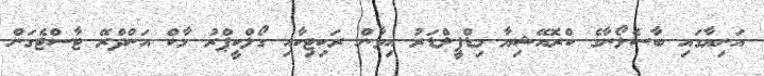
އަނިޔާގައި ބާސެލޯނާގެ ކްރޮއޭޝިޔާ މިޑްފީލްޑަރު އިވާން ރަކިޓިކާއި ގޯލްކީޕްރު މާކް އަންދްރޭ ޓާސްޓެގަން